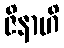
ဇိနာဟိ